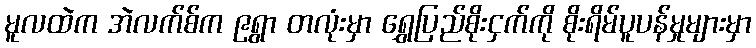
မူလထဲက အဲလက်စ်က ၉ရွာ တလုံးမှာ ရွှေပြည်စိုးငှက်ကို စိုးရိမ်ပူပန်မှုများမှာ